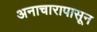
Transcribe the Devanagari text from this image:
अनाचारापासून